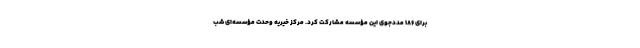
برای ۱۸۶ مددجوی این مؤسسه مشارکت کرد. مرکز خیریه وحدت مؤسسه‌ای شب